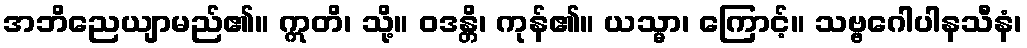
အဘိညေယျာမည်၏။ ဣတိ၊ သို့။ ဝဒန္တိ၊ ကုန်၏။ ယသ္မာ၊ ကြောင့်။ သဗ္ဗဂေါပါနသီနံ၊